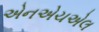
એનએચએલ